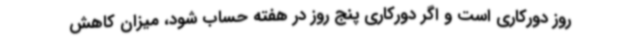
روز دورکاری است و اگر دورکاری پنج روز در هفته حساب شود، میزان کاهش